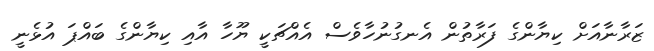
ޒަރާނާއަށް ކިޔާންގެ ފަރާތުން އެނގުނުހާވެސް އެއްޗަކީ ޔޫހާ އާއި ކިޔާންގެ ބައްޕަ އުޅެނީ